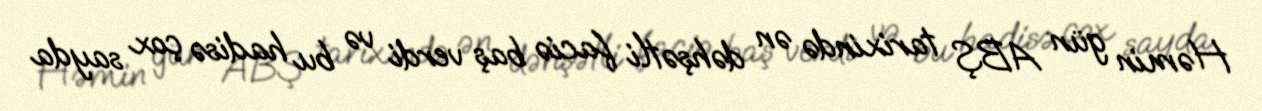
Həmin gün ABŞ tarixində ən dəhşətli faciə baş verdi və bu hadisə çox sayda